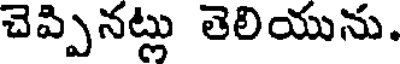
చెప్పినట్లు తెలియును.